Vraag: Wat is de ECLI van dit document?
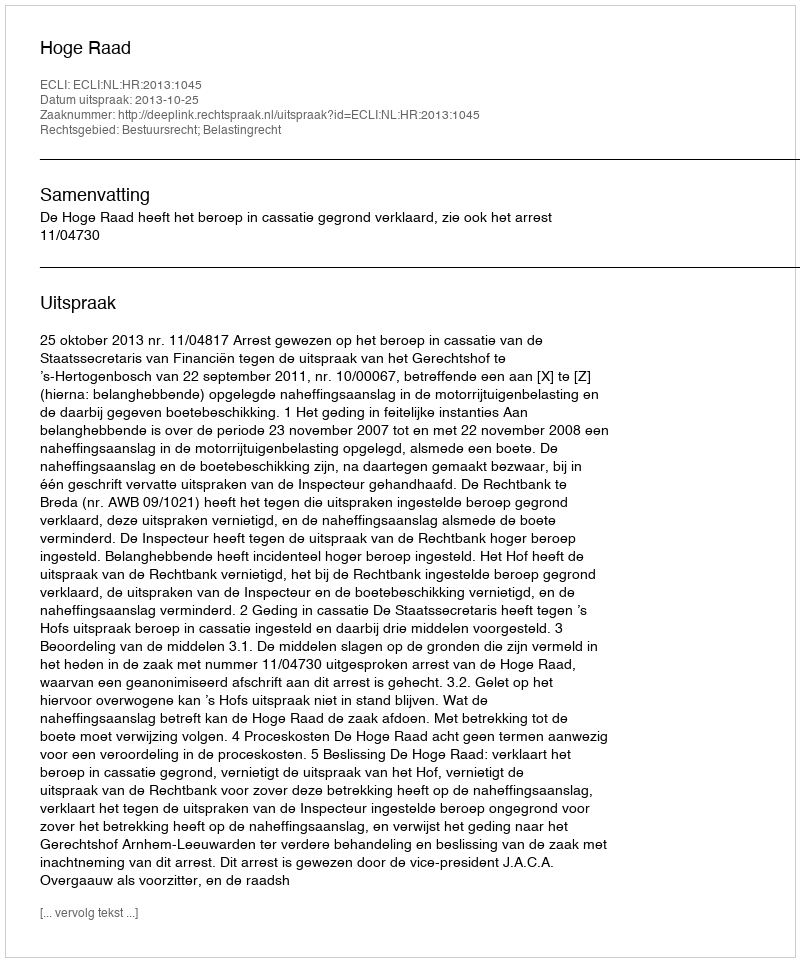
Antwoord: ECLI:NL:HR:2013:1045